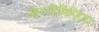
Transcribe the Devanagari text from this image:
आरटीमिज़िया